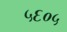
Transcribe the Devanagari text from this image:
५६०५